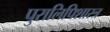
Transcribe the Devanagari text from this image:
पुरालिपिशास्त्र